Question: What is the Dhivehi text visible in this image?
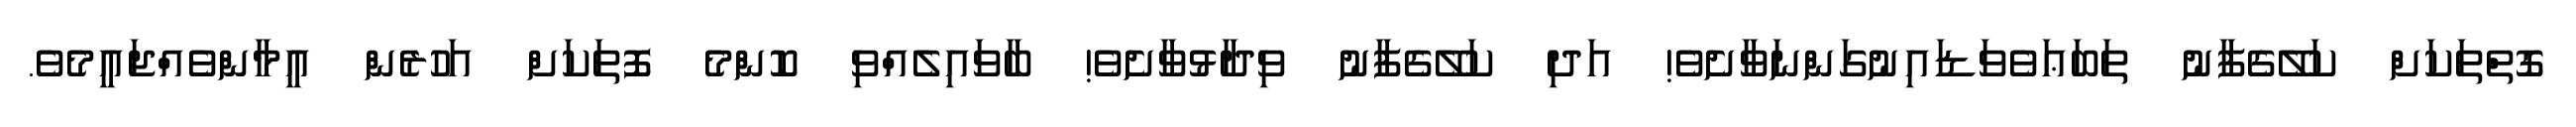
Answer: ގޮތްތަކަށް ކަލޭގެފާނު ތަބަޢަވެވަޑައިނުގަންނަވާށެވެ! އަދި ކަލޭގެފާނު ވިދާޅުވާށެވެ! ބާވައިލެއްވި ކޮންމެ ފޮތަކަށް އަހުރެން އީމާންވެއްޖައީމެވެ.